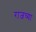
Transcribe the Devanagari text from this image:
राजच्या